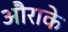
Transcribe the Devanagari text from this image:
औराके